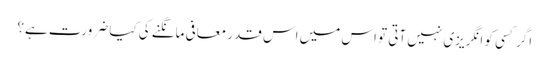
اگر کسی کو انگریزی نہیں آتی تو اس میں اس قدر معافی مانگنے کی کیا ضرورت ہے؟